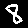
Digit: 8